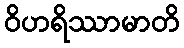
ဝိဟရိဿာမာတိ